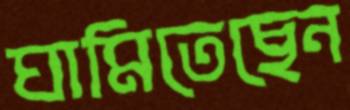
ঘামিতেছেন